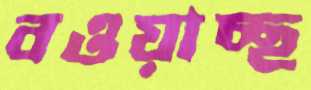
বওয়াচ্ছ